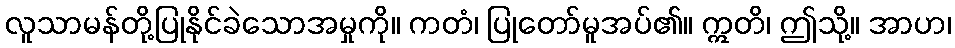
လူသာမန်တို့ပြုနိုင်ခဲသောအမှုကို။ ကတံ၊ ပြုတော်မူအပ်၏။ ဣတိ၊ ဤသို့။ အာဟ၊